Leaving Certificate Examination, 1911
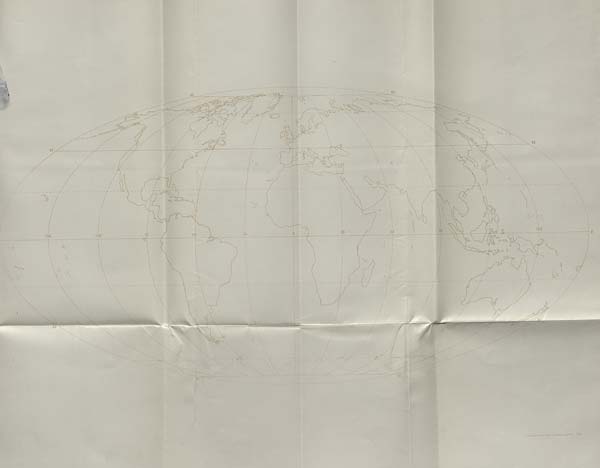
-Jnance Survey, Saa iJ, amp tan . 19/1.